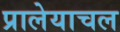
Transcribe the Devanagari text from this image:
प्रालेयाचल